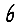
Digit: 6